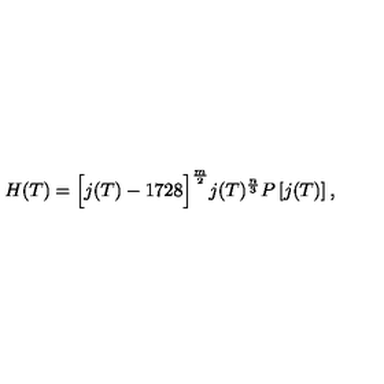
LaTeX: H ( T ) = \Bigl [ j ( T ) - 1 7 2 8 \Bigr ] ^ { \frac { m } { 2 } } j ( T ) ^ { \frac { n } { 3 } } P \left[ j ( T ) \right] ,